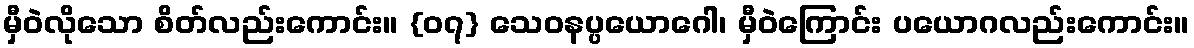
မှီဝဲလိုသော စိတ်လည်းကောင်း။ {၀၇} သေဝနပ္ပယောဂေါ၊ မှီဝဲကြောင်း ပယောဂလည်းကောင်း။